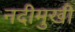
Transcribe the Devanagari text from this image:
नदीमुखी